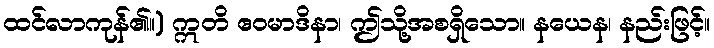
ထင်လာကုန်၏။) ဣတိ ဧဝမာဒိနာ၊ ဤသို့အစရှိသော။ နယေန၊ နည်းဖြင့်။